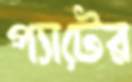
প্যাটের